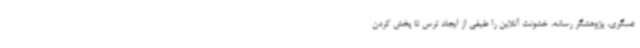
عسگری، پژوهشگر رسانه، خشونت آنلاین را طیفی از ایجاد ترس تا پخش کردن